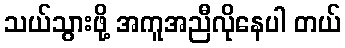
သယ်သွားဖို့ အကူအညီလိုနေပါ တယ်